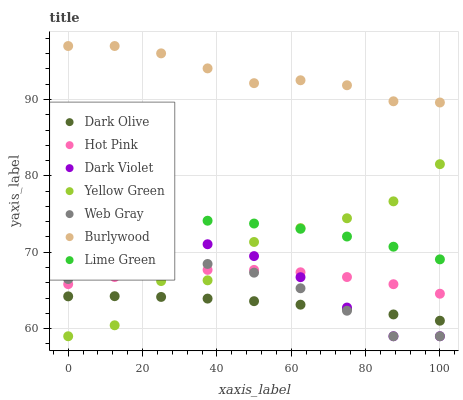
| xaxis_label | Dark Olive | Hot Pink | Dark Violet | Yellow Green | Web Gray | Burlywood | Lime Green |
 | --- | --- | --- | --- | --- | --- | --- | --- |
 | 0 | 64.2 | 65.8 | 68.4 | 59 | 66.5 | 97 | 73.3 |
 | 12.5 | 64.2 | 66.8 | 70.5 | 60.4 | 68 | 97 | 73.9 |
 | 25 | 64.1 | 67.4 | 71.4 | 66.2 | 68.7 | 96 | 74.2 |
 | 37.5 | 63.9 | 67.7 | 71 | 66.3 | 68.5 | 94.1 | 74.1 |
 | 50 | 63.6 | 67.7 | 69.5 | 71.3 | 67.3 | 92.1 | 73.8 |
 | 62.5 | 63.1 | 67.4 | 66.7 | 73.2 | 65.3 | 92.5 | 73.1 |
 | 75 | 62.6 | 66.8 | 62.8 | 74.4 | 62.3 | 91.9 | 72.1 |
 | 87.5 | 61.9 | 65.8 | 59 | 76.7 | 59 | 89.8 | 70.7 |
 | 100 | 61 | 64.6 | 59 | 81.5 | 59 | 89.6 | 69.1 |